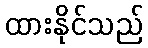
ထားနိုင်သည်